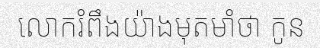
លោករំពឹងយ៉ាងមុតមាំថា កូន